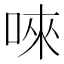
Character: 唻